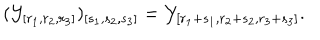
( { \cal Y } _ { [ r _ { 1 } , r _ { 2 } , r _ { 3 } ] } ) _ { [ s _ { 1 } , s _ { 2 } , s _ { 3 } ] } = { \cal Y } _ { [ r _ { 1 } + s _ { 1 } , r _ { 2 } + s _ { 2 } , r _ { 3 } + s _ { 3 } ] } .